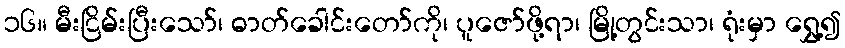
၁၆။ မီးငြိမ်းပြီးသော်၊ ဓာတ်ခေါင်းတော်ကို၊ ပူဇော်ဖို့ရာ၊ မြို့တွင်းသာ၊ ရုံးမှာ ရွှေ့၍